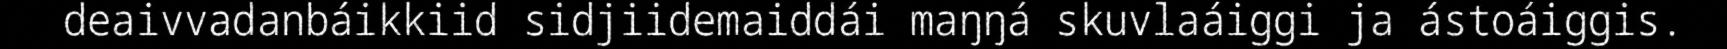
deaivvadanbáikkiid sidjiidemaiddái maŋŋá skuvlaáiggi ja ástoáiggis.